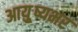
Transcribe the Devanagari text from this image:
आयु़्ष्यभर